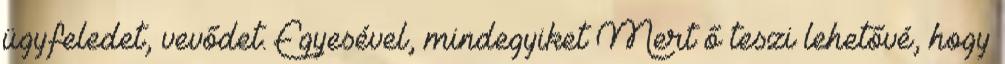
ügyfeledet, vevődet. Egyesével, mindegyiket Mert ő teszi lehetővé, hogy